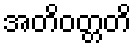
အတိဝတ္တတိ